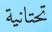
تحتانية